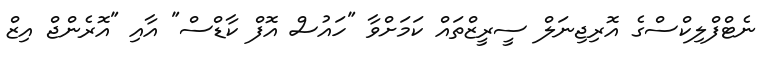
ނެޓްފްލިކްސްގެ އޮރިޖިނަލް ސީރީޒްތައް ކަމަށްވާ "ހައުސް އޮފް ކާޑްސް" އާއި "އޮރެންޖް އިޒް